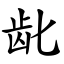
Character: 龀